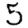
Digit: 5